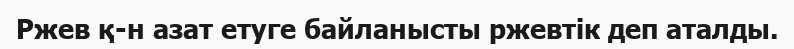
Ржев қ-н азат етуге байланысты ржевтік деп аталды.